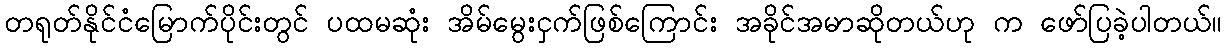
တရုတ်နိုင်ငံမြောက်ပိုင်းတွင် ပထမဆုံး အိမ်မွေးငှက်ဖြစ်ကြောင်း အခိုင်အမာဆိုတယ်ဟု က ဖော်ပြခဲ့ပါတယ်။